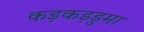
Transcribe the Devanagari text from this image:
कड़कड़डुमा